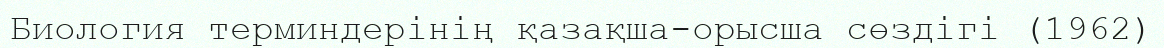
Биология терминдерінің қазақша-орысша сөздігі (1962)